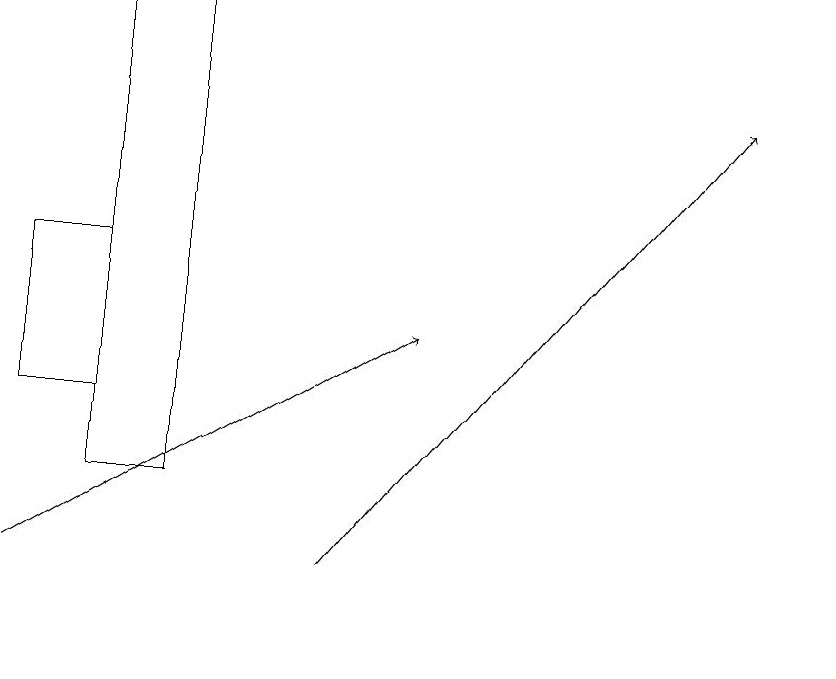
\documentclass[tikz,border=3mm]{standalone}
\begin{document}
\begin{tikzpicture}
\draw[->] (0,12) -- (5,15);
\draw (0,16) rectangle (1,14);
\draw[->] (4,12) -- (9,18);
\draw (1,13) rectangle (2,19);
\draw (10,11) circle (0);
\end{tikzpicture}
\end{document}